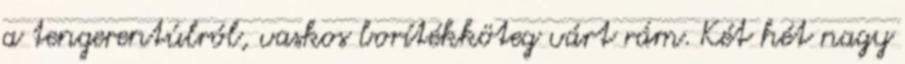
a tengerentúlról, vaskos borítékköteg várt rám. Két hét nagy